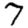
Digit: 7